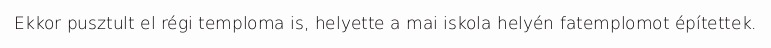
Ekkor pusztult el régi temploma is, helyette a mai iskola helyén fatemplomot építettek.